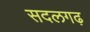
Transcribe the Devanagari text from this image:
सदलगढ़